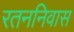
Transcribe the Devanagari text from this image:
रतननिवास